Vaccination Hyderabad 1890-1903 - 1890-1903
Year: 1890
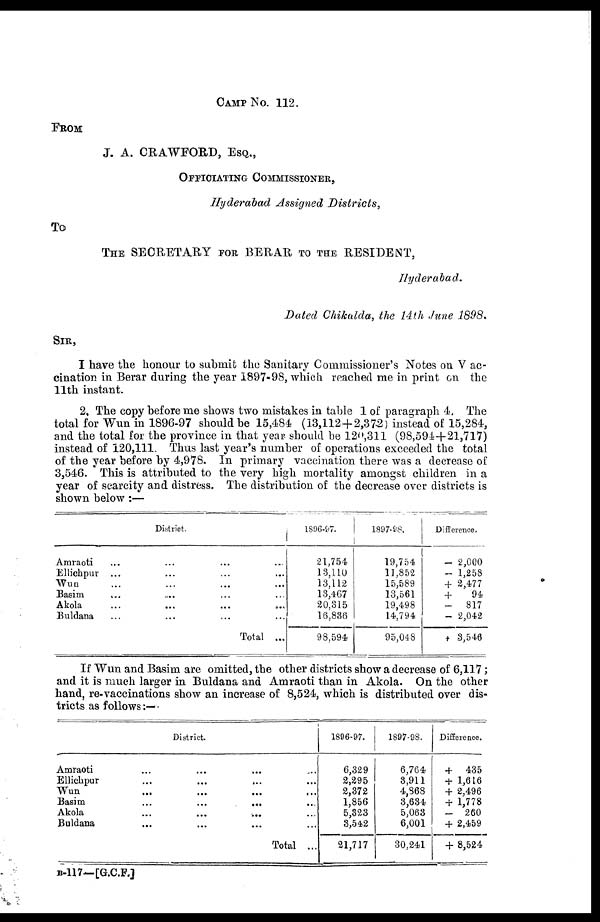
CAMP No. 112.
FROM
J. A. CRAWFORD, ESQ.,
OFFICIATING COMMISSIONER,
Hyderabad Assigned Districts,
To
THE SECRETARY FOR BERAR TO THE RESIDENT,
Hyderabad.
Dated Chikalda, the 14th June 1898.
SIR,
I have the honour to submit the Sanitary Commissioner's Notes on Vac¬
cination in Berar during the year 1897-98, which reached me in print on the
11th instant.
2. The copy before me shows two mistakes in table 1 of paragraph 4. The
total for Wun in 1896-97 should be 15,484 (13,112+2,372) instead of 15,284,
and the total for the province in that year should be 120,311 (98,594+21,717)
instead of 120,111. Thus last year's number of operations exceeded the total
of the year before by 4,978. In primary vaccination there was a decrease of
3,546. This is attributed to the very high mortality amongst children in a
year of scarcity and distress. The distribution of the decrease over districts is
shown below:—
District.
Amraoti ... ... ... ...
Ellichpur ... ... ... ...
Wun ... ... ... ...
Basim ... ... ... ...
Akola
...
...
...
...
Buldana ... ... ... ...
Total ...
1896-97.
21,754
13,110
13,112
13,467
20,315
16,886
98,594
1897-98.
19,754
11,852
15,589
13,561
19,498
14,794
95,048
Difference.
- 2,000
- 1,258
+ 2,477
+
94
-
817
- 2,042
+ 3,546
If Wun and Basim are omitted, the other districts show a decrease of 6,117;
and it is much larger in Buldana and Amraoti than in Akola. On the other
hand, re-vaccinations show an increase of 8,524, which is distributed over dis-
tricts as follows:—
District.
Amraoti ... ... ... ...
Ellichpur ... ... ... ...
Wun
...
...
...
...
Basim
...
...
...
...
Akola
...
...
...
Buldana ... ... ...
Total ...
1896-97.
6,329
2,295
2,372
1,856
5,323
3,542
21,717
1897-98.
6,764
8,911
4,868
3,634
5,063
6,001
30,241
Difference.
+ 435
+ 1,616
+ 2,496
+ 1,778
-
260
+ 2,459
+ 8,524
B-117—[G.C.F.]